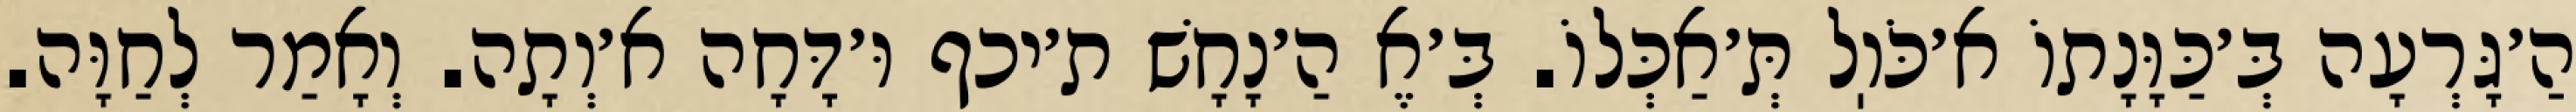
הַ׳גָּרְעָה בְּ׳כַּוָּנָתוֹ א׳כֹּוֽל תְּ׳אַכְּלוֹ. בְּ׳אֶ הַ׳נָחָשׁ ת׳יכף וּ׳דָּחָה א׳וְתָה. וְאָמַר לְחַוָּה.